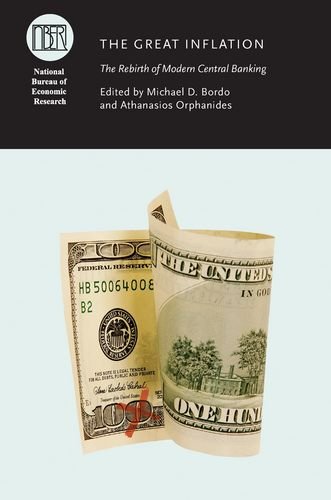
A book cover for The Great Inflation: The Rebirth of Modern Central Banking (National Bureau of Economic Research Conference Report); Business & Money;